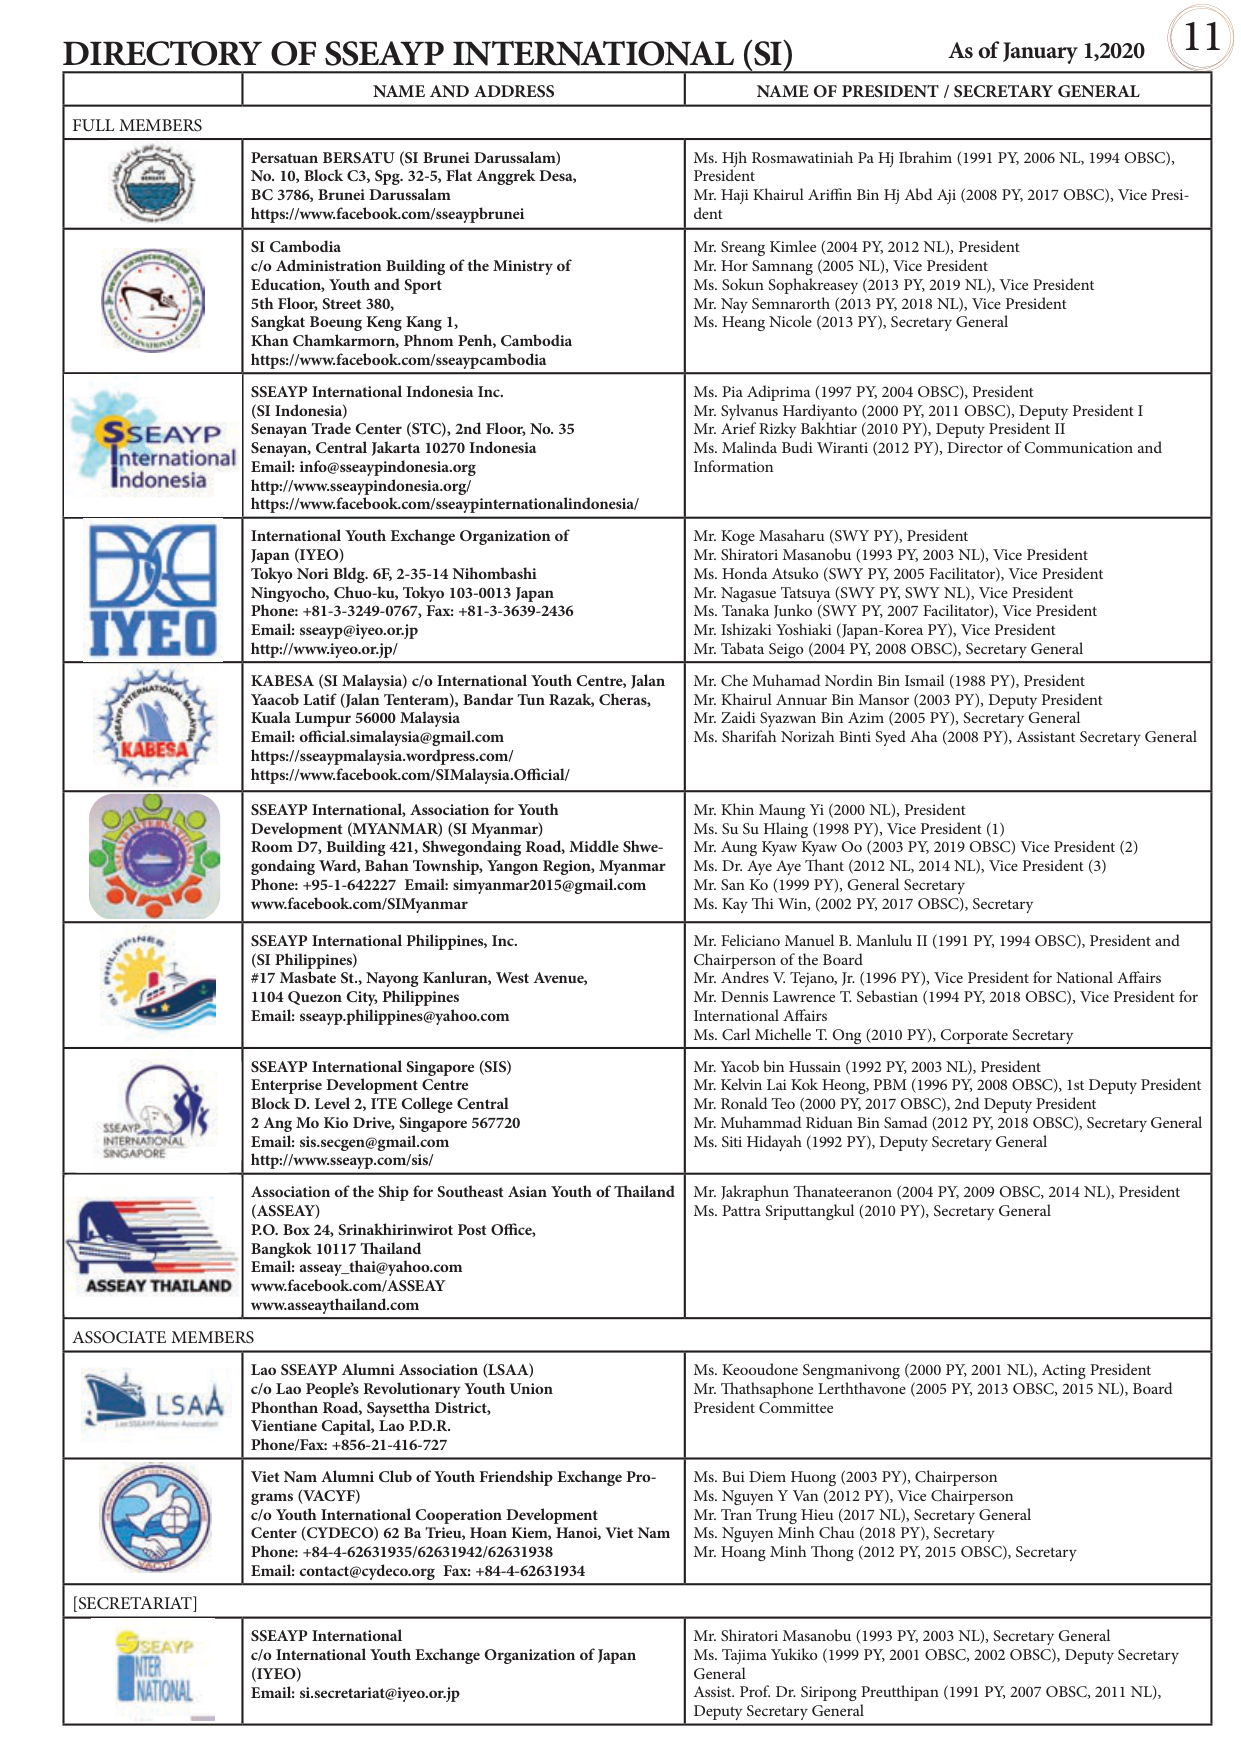
DIRECTORY OF SSEAYP INTERNATIONAL (SI) As of January 1,2020 11
NAME AND ADDRESS NAME OF PRESIDENT / SECRETARY GENERAL
FULL MEMBERS
Persatuan BERSATU (SI Brunei Darussalam) No. 10, Block C3, Spg. 32-5, Flat Anggrek Desa, BC 3786, Brunei Darussalam https://www.facebook.com/sseaypbrunei Ms. Hjh Rosmawatiniyah Pa Hj Ibrahim (1991 PY, 2006 NL, 1994 OBSC), President Mr. Haji Khairul Ariffin Bin Hj Abd Aji (2008 PY, 2017 OBSC), Vice President
SI Cambodia c/o Administration Building of the Ministry of Education, Youth and Sport 5th Floor, Street 380, Sangkat Boeung Keng Kang 1, Khan Chamkarmorn, Phnom Penh, Cambodia https://www.facebook.com/sseaypcambodia Mr. Sreang Kimlee (2004 PY, 2012 NL), President Mr. Hor Samnang (2005 NL), Vice President Ms. Sokun Sophakreasey (2013 PY, 2019 NL), Vice President Mr. Nay Semnaroth (2013 PY, 2018 NL), Vice President Ms. Heang Nicole (2013 PY), Secretary General
SSEAYP International Indonesia Inc. (SI Indonesia) Senayan Trade Center (STC), 2nd Floor, No. 35 Senayan, Central Jakarta 10270 Indonesia Email: info@sseaypindonesia.org http://www.sseaypindonesia.org/ http://www.facebook.com/sseaypinternationalindonesia/ Ms. Pia Adiprima (1997 PY, 2004 OBSC), President Mr. Sylvanus Hardiyanto (2000 PY, 2011 OBSC), Deputy President I Mr. Arief Rizky Bakhtiar (2010 PY), Deputy President II Ms. Malinda Budi Wiranti (2012 PY), Director of Communication and Information
International Youth Exchange Organization of Japan (IYEO) Tokyo Nori Bldg. 6F, 2-35-14 Nihombashi Ningyocho, Chuo-ku, Tokyo 103-0013 Japan Phone: +81-3-3249-0767, Fax: +81-3-3639-2436 Email: sseayp@iyeo.or.jp http://www.iyeo.or.jp/ Mr. Koge Masaharu (SWY PY), President Mr. Shiratori Masanobu (1993 PY, 2003 NL), Vice President Ms. Honda Atsuko (SWY PY, 2005 Facilitator), Vice President Mr. Nagasue Tatsuya (SWY PY, SWY NL), Vice President Ms. Tanaka Junko (SWY PY, 2007 Facilitator), Vice President Mr. Ishizaki Yoshiaki (Japan-Korea PY), Vice President Mr. Tabata Seigo (2004 PY, 2008 OBSC), Secretary General
KABESA (SI Malaysia) c/o International Youth Centre, Jalan Yacob Latif (Jalan Tenteram), Bandar Tun Razak, Cheras, Kuala Lumpur 56000 Malaysia Email: official.simalaysia@gmail.com https://sseaypsimalaysia.wordpress.com/ https://www.facebook.com/SIMalaysia.Official/ Mr. Che Muhamad Nordin Bin Ismail (1988 PY), President Mr. Khairul Annuar Bin Mansor (2003 PY), Deputy President Mr. Zaidi Syazwan Bin Azim (2005 PY), Secretary General Ms. Sharifah Norizah Binti Syed Aha (2008 PY), Assistant Secretary General
SSEAYP International, Association for Youth Development (MYANMAR) (SI Myanmar) Room D7, Building 421, Shwegondaing Road, Middle Shwegondaing Ward, Bahan Township, Yangon Region, Myanmar Phone: +95-1-642227 Email: simyanmar2015@gmail.com www.facebook.com/SIMyanmar Mr. Khin Maung Yi (2000 NL), President Ms. Su Su Hlaing (1998 PY), Vice President (1) Mr. Aung Kyaw Kyaw Oo (2003 PY, 2019 OBSC) Vice President (2) Ms. Dr. Aye Aye Thant (2012 NL, 2014 NL), Vice President (3) Mr. San Ko (1999 PY), General Secretary Ms. Kay Thi Win, (2002 PY, 2017 OBSC), Secretary
SSEAYP International Philippines, Inc. (SI Philippines) #17 Masbate St., Nayong Kanluran, West Avenue, 1104 Quezon City, Philippines Email: sseayp.philippines@yahoo.com Mr. Feliciano Manuel B. Manlulu II (1991 PY, 1994 OBSC), President and Chairperson of the Board Mr. Andres V. Tejano, Jr. (1996 PY), Vice President for National Affairs Mr. Dennis Lawrence T. Sebastian (1994 PY, 2018 OBSC), Vice President for International Affairs Ms. Carl Michelle T. Ong (2010 PY), Corporate Secretary
SSEAYP International Singapore (SIS) Enterprise Development Centre Block D. Level 2, ITE College Central 2 Ang Mo Kio Drive, Singapore 567720 Email: sis.secgen@gmail.com http://www.sseayp.com/sis/ Mr. Yacob bin Hussain (1992 PY, 2003 NL), President Mr. Kelvin Lai Kok Heong, PBM (1996 PY, 2008 OBSC), 1st Deputy President Mr. Ronald Teo (2000 PY, 2017 OBSC), 2nd Deputy President Mr. Muhammad Riduan Bin Samad (2012 PY, 2018 OBSC), Secretary General Ms. Siti Hidayah (1992 PY), Deputy Secretary General
Association of the Ship for Southeast Asian Youth of Thailand (ASSEAY) P.O. Box 24, Srinakhrinwirot Post Office, Bangkok 10117 Thailand Email: asseay_thai@yahoo.com www.facebook.com/ASSEAY www.asseaythailand.com Mr. Jakraphun Thanateeranon (2004 PY, 2009 OBSC, 2014 NL), President Ms. Pattra Sriputtangkul (2010 PY), Secretary General
ASSOCIATE MEMBERS
Lao SSEAYP Alumni Association (LSAA) c/o Lao People's Revolutionary Youth Union Phonthan Road, Saysettha District, Vientiane Capital, Lao P.D.R. Phone/Fax: +856-21-416-727 Ms. Keoudone Sengmanivong (2000 PY, 2001 NL), Acting President Mr. Thathasphone Lertthavone (2005 PY, 2013 OBSC, 2015 NL), Board President Committee
Viet Nam Alumni Club of Youth Friendship Exchange Programs (VACYP) c/o Youth International Cooperation Development Center (CYDECO) 62 Ba Trieu, Hoan Kiem, Hanoi, Viet Nam Phone: +84-4-62631935/62631942/62631938 Email: contact@cydeco.org Fax: +84-4-62631934 Ms. Bui Diem Huong (2003 PY), Chairperson Ms. Nguyen Y Van (2012 PY), Vice Chairperson Mr. Tran Trung Hieu (2017 NL), Secretary General Ms. Nguyen Minh Chau (2018 PY), Secretary Mr. Hoang Minh Thong (2012 PY, 2015 OBSC), Secretary
[SECRETARIAT]
SSEAYP International c/o International Youth Exchange Organization of Japan (IYEO) Email: si.secretariat@iyeo.or.jp Mr. Shiratori Masanobu (1993 PY, 2003 NL), Secretary General Ms. Tajima Yukiko (1999 PY, 2001 OBSC, 2002 OBSC), Deputy Secretary General Assist. Prof. Dr. Siripong Preutthipan (1991 PY, 2007 OBSC, 2011 NL), Deputy Secretary General